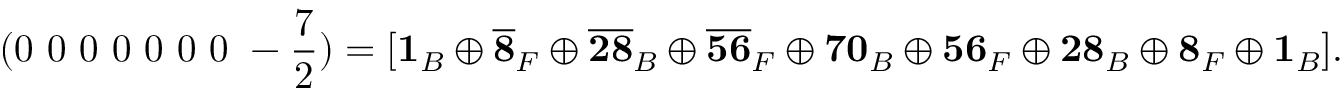
( 0 ~ 0 ~ 0 ~ 0 ~ 0 ~ 0 ~ 0 ~ - \frac { 7 } { 2 } ) = [ { \bf 1 } _ { B } \oplus { \bf \overline { { { 8 } } } } _ { F } \oplus { \bf \overline { { { 2 8 } } } } _ { B } \oplus { \bf \overline { { { 5 6 } } } } _ { F } \oplus { \bf 7 0 } _ { B } \oplus { \bf 5 6 } _ { F } \oplus { \bf 2 8 } _ { B } \oplus { \bf 8 } _ { F } \oplus { \bf 1 } _ { B } ] .